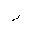
Letter: _ra